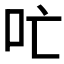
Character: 𫩔